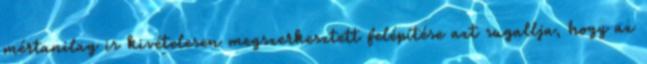
mértanilag is kivételesen megszerkesztett felépítése azt su­gallja, hogy az